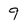
Character: 9